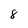
Character: 8